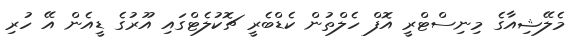
މެލޭޝިއާގެ މިނިސްޓްރީ އޮފް ހެލްތުން ކެޑްބެރީ ޗޮކުލެޓްގައި އޫރުގެ ޑީއެން އޭ ހުރި